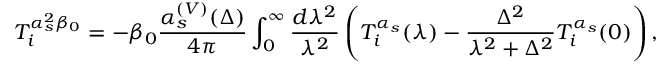
T _ { i } ^ { \alpha _ { s } ^ { 2 } \beta _ { 0 } } = - \beta _ { 0 } \frac { \alpha _ { s } ^ { ( V ) } ( \Delta ) } { 4 \pi } \int _ { 0 } ^ { \infty } \frac { d \lambda ^ { 2 } } { \lambda ^ { 2 } } \left( T _ { i } ^ { \alpha _ { s } } ( \lambda ) - \frac { \Delta ^ { 2 } } { \lambda ^ { 2 } + \Delta ^ { 2 } } T _ { i } ^ { \alpha _ { s } } ( 0 ) \right) ,